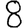
Digit: 8